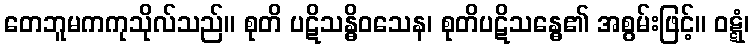
တေဘူမကကုသိုလ်သည်။ စုတိ ပဋိသန္ဓိဝသေန၊ စုတိပဋိသန္ဓေ၏ အစွမ်းဖြင့်။ ဝဋ္ဋံ၊